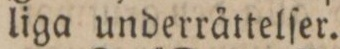
liga underrättelſer.